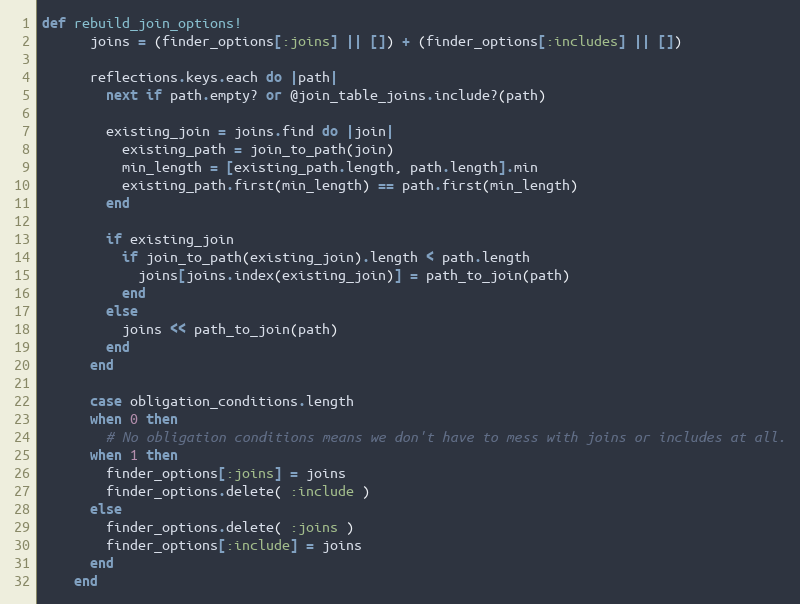
Language: Ruby
def rebuild_join_options!
      joins = (finder_options[:joins] || []) + (finder_options[:includes] || [])

      reflections.keys.each do |path|
        next if path.empty? or @join_table_joins.include?(path)

        existing_join = joins.find do |join|
          existing_path = join_to_path(join)
          min_length = [existing_path.length, path.length].min
          existing_path.first(min_length) == path.first(min_length)
        end

        if existing_join
          if join_to_path(existing_join).length < path.length
            joins[joins.index(existing_join)] = path_to_join(path)
          end
        else
          joins << path_to_join(path)
        end
      end

      case obligation_conditions.length
      when 0 then
        # No obligation conditions means we don't have to mess with joins or includes at all.
      when 1 then
        finder_options[:joins] = joins
        finder_options.delete( :include )
      else
        finder_options.delete( :joins )
        finder_options[:include] = joins
      end
    end